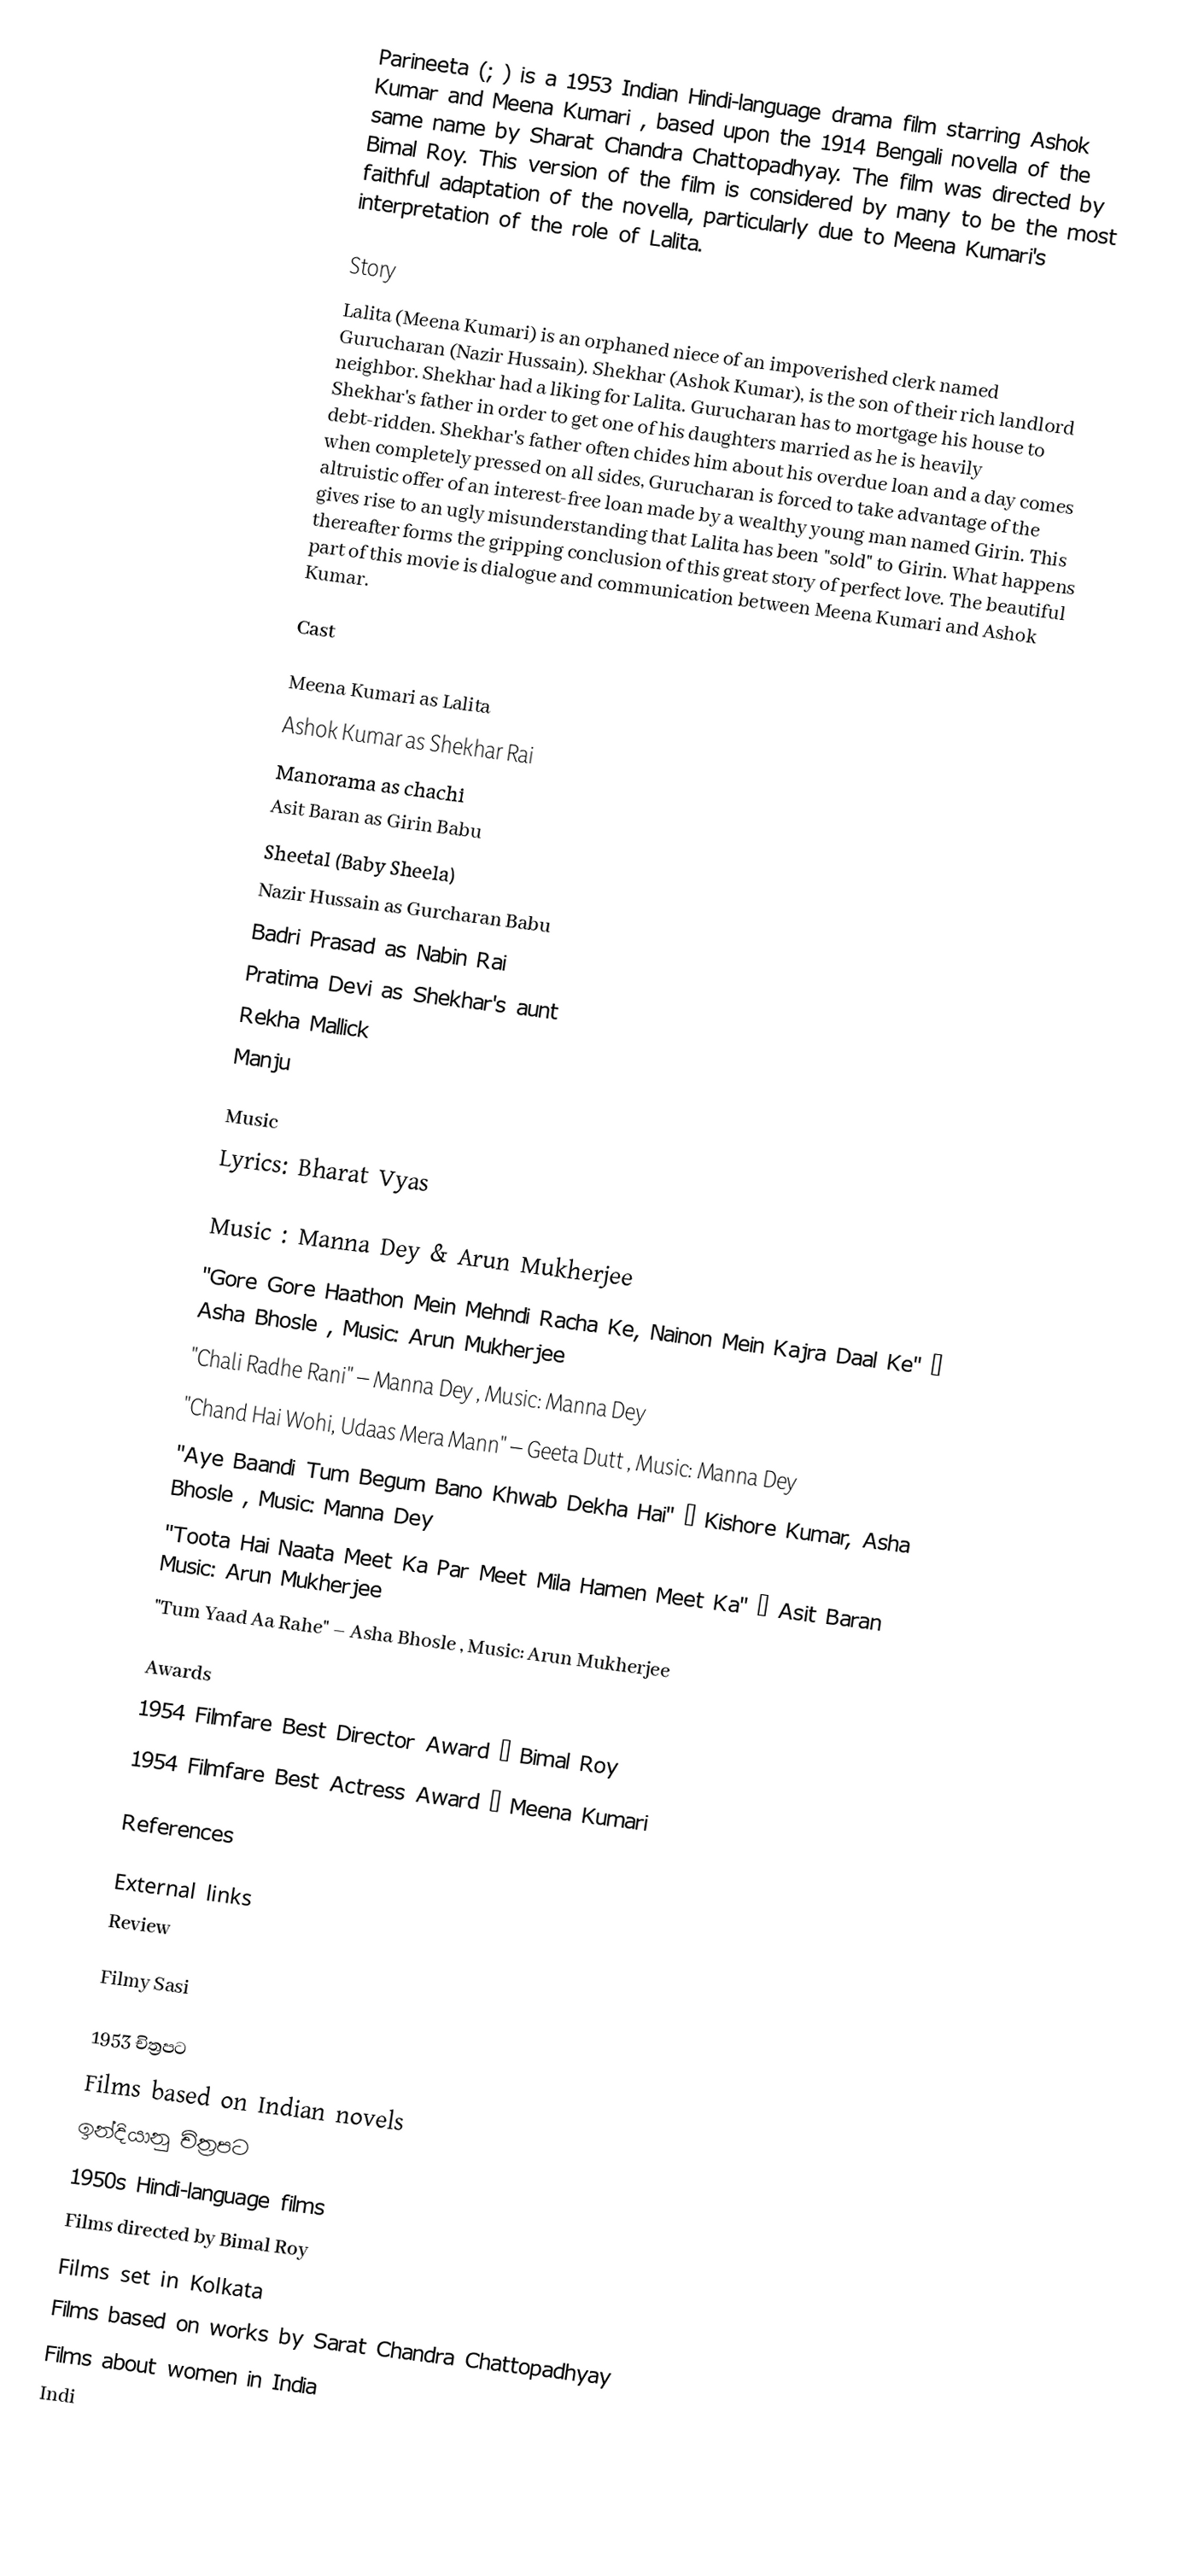
Parineeta (; ) is a 1953 Indian Hindi-language drama film starring Ashok Kumar and Meena Kumari , based upon the 1914 Bengali novella of the same name by Sharat Chandra Chattopadhyay. The film was directed by Bimal Roy. This version of the film is considered by many to be the most faithful adaptation of the novella, particularly due to Meena Kumari's interpretation of the role of Lalita.

Story
Lalita (Meena Kumari) is an orphaned niece of an impoverished clerk named Gurucharan (Nazir Hussain). Shekhar (Ashok Kumar), is the son of their rich landlord neighbor. Shekhar had a liking for Lalita. Gurucharan has to mortgage his house to Shekhar's father in order to get one of his daughters married as he is heavily debt-ridden. Shekhar's father often chides him about his overdue loan and a day comes when completely pressed on all sides, Gurucharan is forced to take advantage of the altruistic offer of an interest-free loan made by a wealthy young man named Girin. This gives rise to an ugly misunderstanding that Lalita has been "sold" to Girin. What happens thereafter forms the gripping conclusion of this great story of perfect love. The beautiful part of this movie is dialogue and communication between Meena Kumari and Ashok Kumar.

Cast

Meena Kumari as Lalita
 Ashok Kumar  as Shekhar Rai
 Manorama as chachi
 Asit Baran as Girin Babu
 Sheetal (Baby Sheela)
 Nazir Hussain as Gurcharan Babu
 Badri Prasad as Nabin Rai
 Pratima Devi as Shekhar's aunt
 Rekha Mallick
 Manju

Music
Lyrics: Bharat Vyas

Music : Manna Dey & Arun Mukherjee
 "Gore Gore Haathon Mein Mehndi Racha Ke, Nainon Mein Kajra Daal Ke" – Asha Bhosle , Music: Arun Mukherjee
 "Chali Radhe Rani" – Manna Dey , Music: Manna Dey
 "Chand Hai Wohi, Udaas Mera Mann" – Geeta Dutt , Music: Manna Dey
 "Aye Baandi Tum Begum Bano Khwab Dekha Hai" – Kishore Kumar, Asha Bhosle , Music: Manna Dey
 "Toota Hai Naata Meet Ka Par Meet Mila Hamen Meet Ka" – Asit Baran  Music: Arun Mukherjee
 "Tum Yaad Aa Rahe" – Asha Bhosle , Music: Arun Mukherjee

Awards
 1954 Filmfare Best Director Award – Bimal Roy
 1954 Filmfare Best Actress Award – Meena Kumari

References

External links
 Review

 Filmy Sasi

1953 චිත්‍රපට
Films based on Indian novels
ඉන්දියානු චිත්‍රපට
1950s Hindi-language films
Films directed by Bimal Roy
Films set in Kolkata
Films based on works by Sarat Chandra Chattopadhyay
Films about women in India
Indi